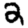
Digit: 2